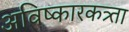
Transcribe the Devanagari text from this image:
अविष्कारकत्र्ता